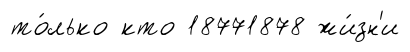
то́лько кто 18771878 жи́зн'и